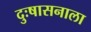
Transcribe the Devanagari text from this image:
दुःषासनाला